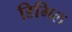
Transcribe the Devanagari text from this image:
डिमिल